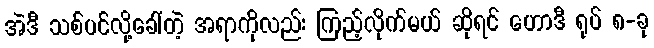
အဲဒီ သစ်ပင်လို့ခေါ်တဲ့ အရာကိုလည်း ကြည့်လိုက်မယ် ဆိုရင် ဟောဒီ ရုပ် ၈-ခု